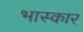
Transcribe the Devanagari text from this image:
भास्कार